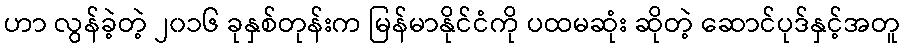
ဟာ လွန်ခဲ့တဲ့ ၂၀၁၆ ခုနှစ်တုန်းက မြန်မာနိုင်ငံကို ပထမဆုံး ဆိုတဲ့ ဆောင်ပုဒ်နှင့်အတူ